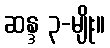
ဆန္ဒ ၃-မျိုး။